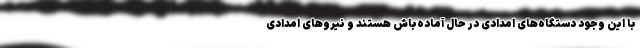
با این وجود دستگاه‌های امدادی در حال آماده‌باش هستند و نیروهای امدادی